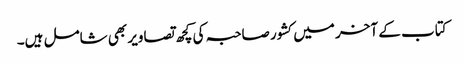
کتاب کے آخر میں کشور صاحبہ کی کچھ تصاویر بھی شامل ہیں۔